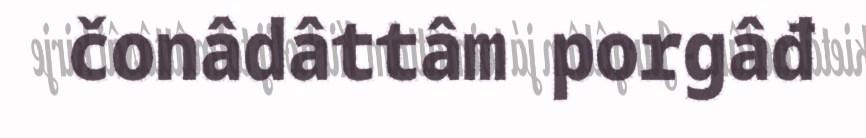
čonâdâttâm porgâđ